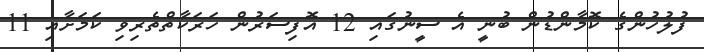
ފުލުހުންގެ ކޮމާންޑުން ބުނީ އެ ސީނުގައި 12 އޮފިސަރުން ހަރަކާތްތެރިވި ކަމަށާއި 11